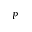
_ P